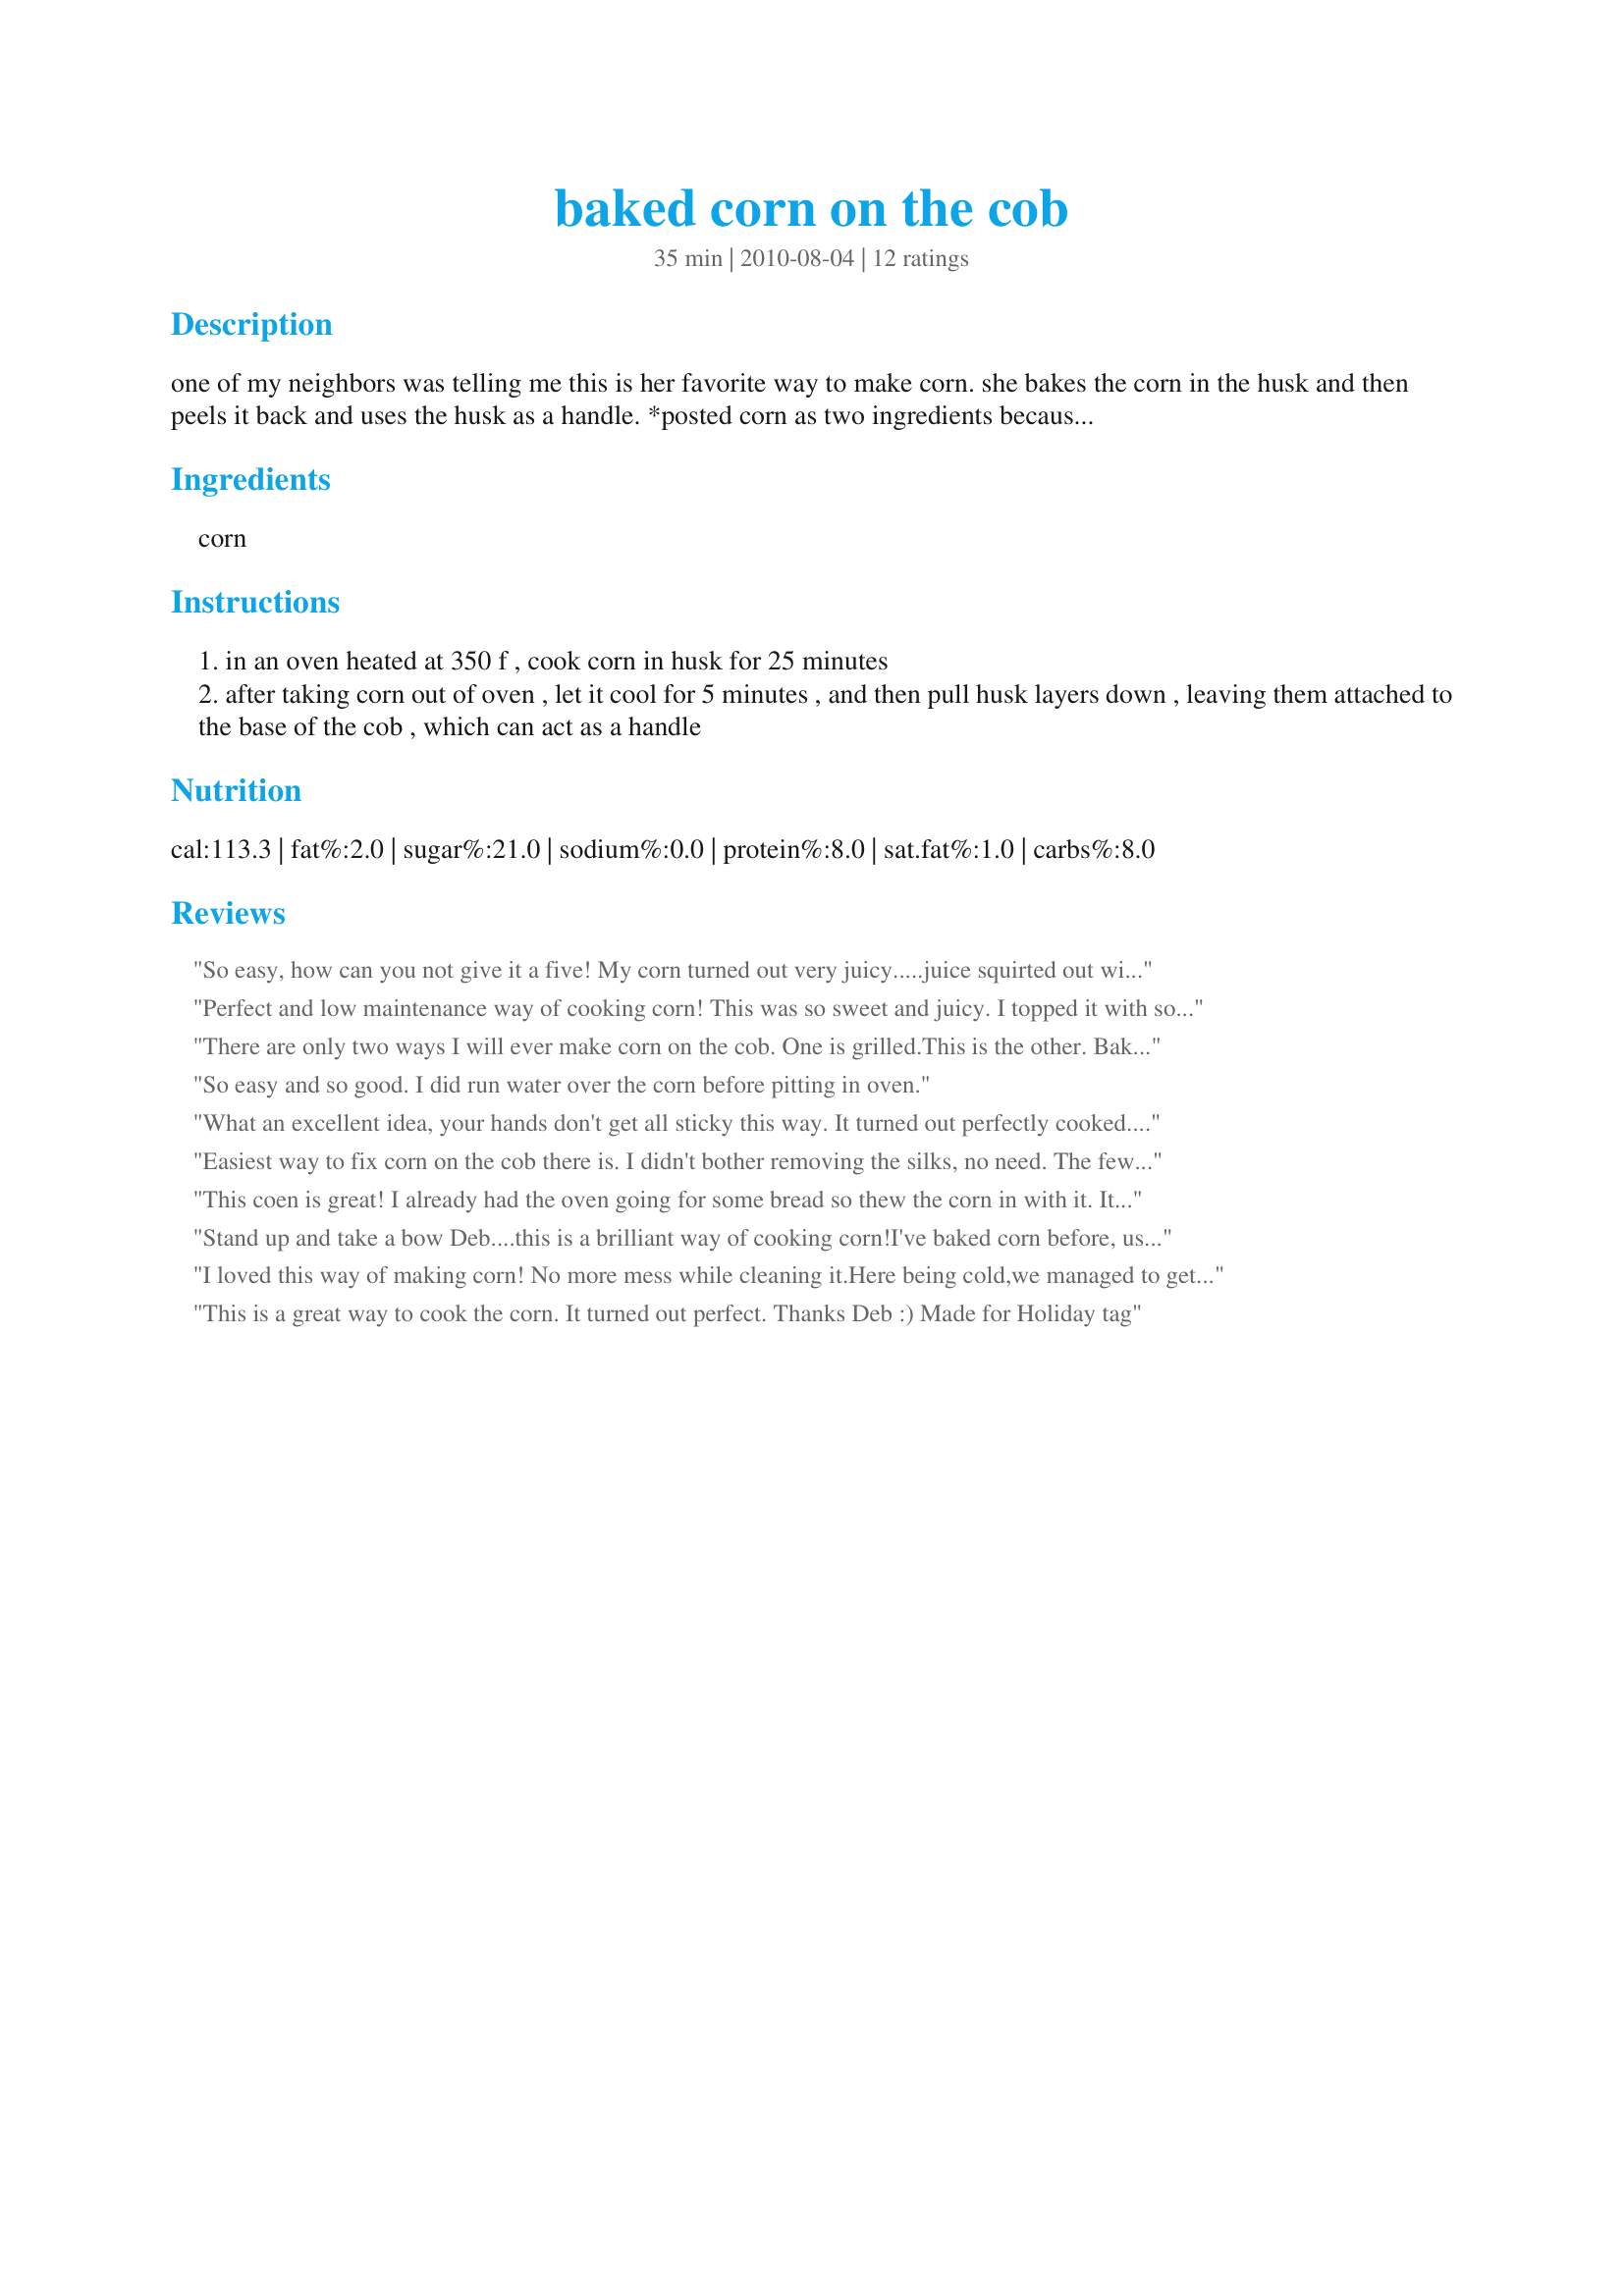
baked corn on the cob
Preparation time: 35 minutes

one of my neighbors was telling me this is her favorite way to make corn. she bakes the corn in the husk and then peels it back and uses the husk as a handle. *posted corn as two ingredients because that is the only way food would take it.

Ingredients:
corn

Steps:
in an oven heated at 350 f , cook corn in husk for 25 minutes
after taking corn out of oven , let it cool for 5 minutes , and then pull husk layers down , leaving them attached to the base of the cob , which can act as a handle

Reviews:
So easy, how can you not give it a five! My corn turned out very juicy.....juice squirted out with every bite....rare this late in the season for my area. I'll definitely do this again. I did pull the husks back and remove the silks before returning the husks to the corn and baking...also washed the corn...don't know if this affected the recipe, but mine turned out great!
Perfect and low maintenance way of cooking corn! This was so sweet and juicy. I topped it with some garlic-chili butter for a fantastic side. Thanks for this great method.
There are only two ways I will ever make corn on the cob. One is grilled.<br/>This is the other. <br/>Baking makes the corn taste rich and sweet, not watered-down like boiled corn. It's the best way to make corn when the weather precludes grilling. For me this is the only way to cook corn indoors. <br/>Thanks for posting!
So easy and so good. I did run water over the corn before pitting in oven.
What an excellent idea, your hands don't get all sticky this way. It turned out perfectly cooked. thanks for sharing. This is my new way of cooking corn on the cob!!
Easiest way to fix corn on the cob there is. I didn't bother removing the silks, no need. The few that were still there came off with ease. Thanks for a keeper recipe.
This coen is great! I already had the oven going for some bread so thew the corn in with it. It got hot and cooked completely and not all watery like when I boil it. Will be making this more often! I did clean some of the silk off, pulled the husks down about 1/2 way; didn't seem to bother it. Made for PRMR.
Stand up and take a bow Deb....this is a brilliant way of cooking corn!<br/>I've baked corn before, usually slathered in a flavoured butter and wrapped up in tin foil, or in the husk with some sort of addition to it...but never on it's own.<br/>I also pulled back the husks, to remove the silks...then I popped them onto my new baby..the Weber Q. <br/>They came out wonderfully...and I have to admit that I was a little surprised about HOW well they came out.<br/>I only cooked two, as DD seems to have gone off corn, and DS has wobbly teeth, and some missing, so eating corn isn't on option for him at the moment...or so I thought!!!<br/>DH hung on to his cob, but whenever I put mine onto my plate to eat something else, a little hand would stretch out, grab it, nibble it and pop it back again...between the two of them, they didn't leave much for me. That's a recommendation in itself!!<br/>I'm definitely converted...no need to swamp them in butter, when they come out so juicy and tender this way. Thanks again Deb.<br/>Made for PRMR.
I loved this way of making corn! No more mess while cleaning it.Here being cold,we managed to get more corn from my parents's little garden. Thanks for this great tip,I'll make sure to use it more next year.
This is a great way to cook the corn. It turned out perfect. Thanks Deb :) Made for Holiday tag
Deb, This is a wonderful way of cooking corn.<br/>I used the Barbie and it worked so very well!<br/>And butter over the top...........Just divine!<br/>Thanks for posting Deb.............. Awesome, simple and delcious!
Perfect corn. Easy, no mess and delicious!!
